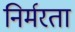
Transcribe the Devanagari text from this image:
निर्मरता